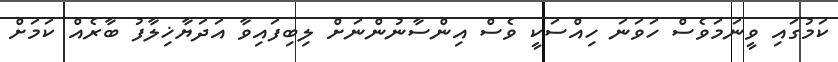
ކަމުގައި ވީނަމަވެސް ހަވަނަ ހިއްސަކީ ވެސް އިންސާނުންނަށް ލިބިފައިވާ އަދަޔާޚިލާފު ބާރެއް ކަމަށް